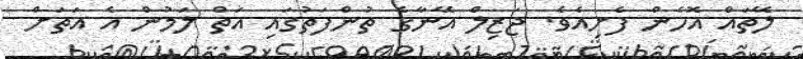
ލޭތައް އޮހެން ފެށިއެވެ. ޖަޒިލް އޭނާގެ ތުންފަތުގައި އަތް ލަމުން އެ އަތަށް